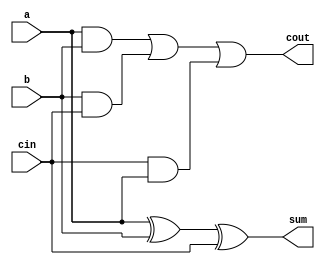
`timescale 1ns / 1ps
//////////////////////////////////////////////////////////////////////////////////
// Company: 
// Engineer: 
// 
// Design Name: 
// Module Name:    full_adder 
// Project Name: 
// Target Devices: 
// Tool versions: 
// Description: 
//
// Dependencies: 
//
// Revision: 
// Revision 0.01 - File Created
// Additional Comments: Authored by Mainak Chaudhuri
//
//////////////////////////////////////////////////////////////////////////////////
module full_adder(a, b, cin, sum, cout
    );

   input a;
   input b;
   input cin;

   output sum;
   wire sum;
   output cout;
   wire cout;
	
   assign sum = a^b^cin;
   assign cout = (a & b) | (b & cin) | (cin & a);

endmodule